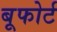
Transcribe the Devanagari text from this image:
बूफोर्ट